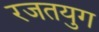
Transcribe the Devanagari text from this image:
रजतयुग